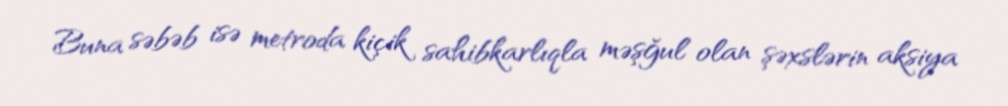
Buna səbəb isə metroda kiçik sahibkarlıqla məşğul olan şəxslərin aksiya